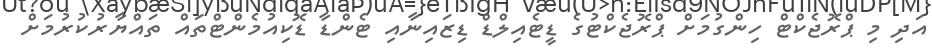
އަދި މި ޕްރޮޖެކްޓް ހިންގުމަށް ޕްރޮޖެކްޓުގެ ޑީޓެއިލްޑް ޑިޒައިނާއި ޓެންޑާ ޑޮކިއުމެންޓްތައް ތައްޔާރުކުރުމަށް